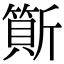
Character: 𣃇